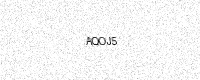
Text: AQOJ5